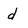
Character: d